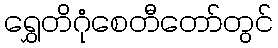
ရွှေတိဂုံစေတီတော်တွင်